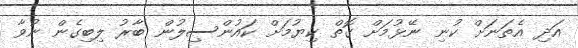
އަދި އެތަނަށް ކުނި ނޭޅުމަށް ގޮތް ކިޔުމަށް ކައުންސިލުން ބާރު ލިބިގެން ނުވާ